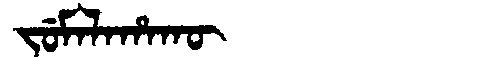
Manchu: ᠵᡠᠮᠠᠯᠠᡥᠠᡴᡡ
Romanization: JUMALAHAKŪ